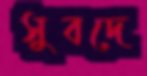
সুবদে